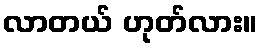
လာတယ် ဟုတ်လား။